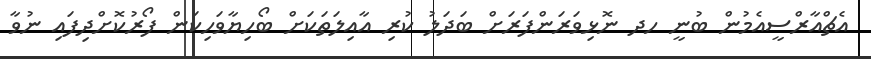
އެޗްއާރްސީއެމުން ބުނީ ހދ ނޮޅިވަރަންފަރަށް ބަދަލު ކުރި އާއިލަތަކަށް ބޯހިޔާވަހިކަން ފޯރުކޮށްދިފައި ނުވާ